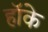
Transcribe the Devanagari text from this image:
हॉके